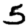
Digit: 5